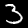
Digit: 3